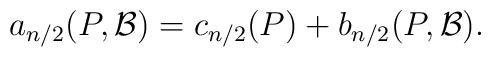
a_{n/2}(P,{\cal B})=c_{n/2}(P)+b_{n/2}(P,{\cal B}).